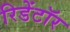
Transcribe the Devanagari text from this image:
रिडेंटॉर